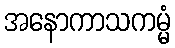
အနောကာသကမ္မံ